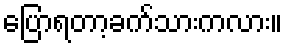
ပြောရတာ့ခက်သားကလား။